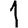
Digit: 1